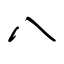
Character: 八